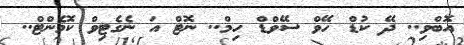
އޮބްވި.. ދޭ ކުޑް ހޭވް ސޭވްޑް ހިމް.. ނޮޓް އަ ނެގެޓިވް ކޮމެންޓް..